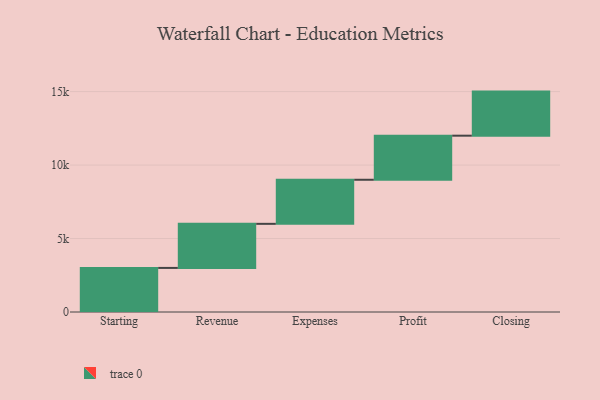
{"axis": {"x": "Step", "y": "Value"}, "legend": [""], "data": [{"x": "Starting", "y": 3000, "type": ""}, {"x": "Revenue", "y": 3000, "type": ""}, {"x": "Expenses", "y": 3000, "type": ""}, {"x": "Profit", "y": 3000, "type": ""}, {"x": "Closing", "y": 3000, "type": ""}]}